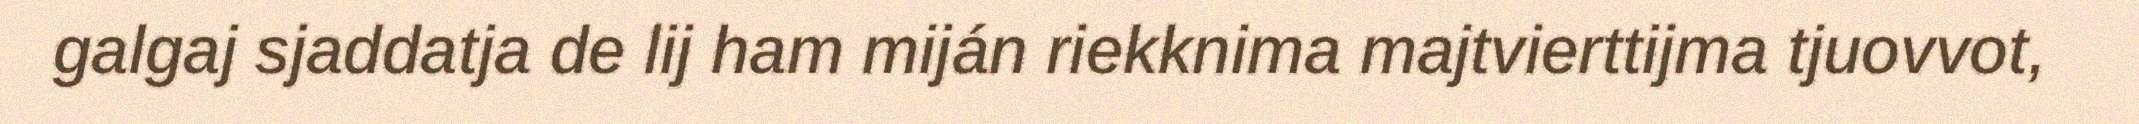
galgaj sjaddatja de lij ham miján riekknima majtvierttijma tjuovvot,